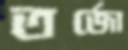
তর্জো